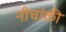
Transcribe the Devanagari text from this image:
नीचांकी